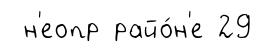
н'еопр райо́н'е 29